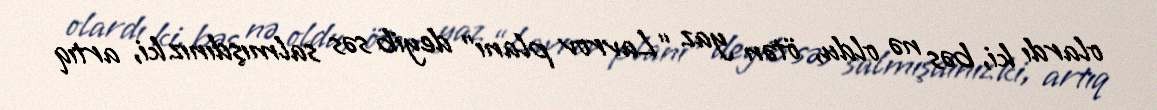
olardı ki, bəs nə oldu, ötən yaz “Lavrov planı” deyib səs salmışdınız ki, artıq